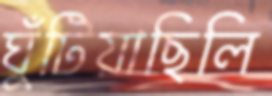
ঘুঁটিয়াছিলি